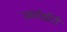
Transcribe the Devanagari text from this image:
स्वर्णक्षीरी